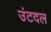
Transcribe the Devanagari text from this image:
उंटदल